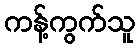
ကန့်ကွက်သူ